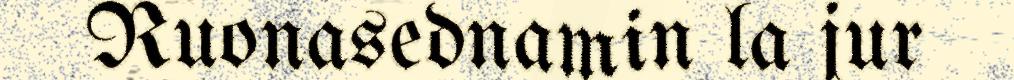
Ruonasednamin la jur